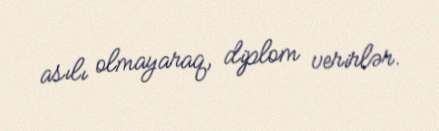
asılı olmayaraq, diplom verirlər.